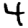
Digit: 4